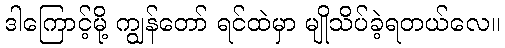
ဒါကြောင့်မို့ ကျွန်တော် ရင်ထဲမှာ မျိုသိပ်ခဲ့ရတယ်လေ။